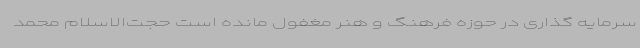
سرمایه گذاری در حوزه فرهنگ و هنر مغفول مانده است حجت‌الاسلام محمد